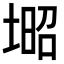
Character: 𡎣